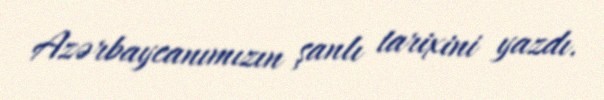
Azərbaycanımızın şanlı tarixini yazdı.